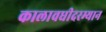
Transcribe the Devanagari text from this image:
कालावधीदरम्यान